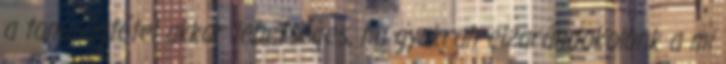
a tanúságtétel akkor lehetséges, ha gyakran elzarándokolunk a mi